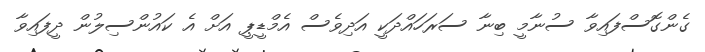
ގެންގޮސްފައިވާ ސުނާމީ ބިނާ ސަރަހައްދަކީ އަދިވެސް އެމްޑީޕީ އަށް އެ ކައުންސިލުން ދީފައިވާ